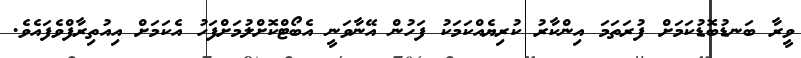
ވީރާ ބަނޑުބޮޑުކަމަށް ފުރަތަމަ އިންކާރު ކުރިޔެއްކަމަކު ފަހުން އޭނާވަނީ އެބޯޓްކޮށްލުމަށްފަހު އެކަމަށް އިއުތިރާފްވެފައެވެ.